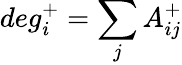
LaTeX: deg_{i}^{+}=\sum_{j}A_{ij}^{+}